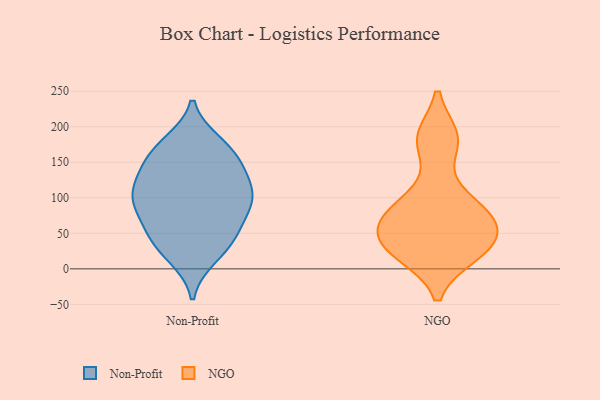
{"axis": {"x": "Revenue (USD Million)", "y": "Value"}, "legend": ["NGO", "Non-Profit"], "data": [{"x": "", "y": 16, "type": "Non-Profit"}, {"x": "", "y": 95, "type": "Non-Profit"}, {"x": "", "y": 50, "type": "Non-Profit"}, {"x": "", "y": 42, "type": "Non-Profit"}, {"x": "", "y": 90, "type": "Non-Profit"}, {"x": "", "y": 99, "type": "Non-Profit"}, {"x": "", "y": 178, "type": "Non-Profit"}, {"x": "", "y": 126, "type": "Non-Profit"}, {"x": "", "y": 100, "type": "Non-Profit"}, {"x": "", "y": 49, "type": "Non-Profit"}, {"x": "", "y": 87, "type": "Non-Profit"}, {"x": "", "y": 153, "type": "Non-Profit"}, {"x": "", "y": 99, "type": "Non-Profit"}, {"x": "", "y": 167, "type": "Non-Profit"}, {"x": "", "y": 55, "type": "Non-Profit"}, {"x": "", "y": 20, "type": "Non-Profit"}, {"x": "", "y": 137, "type": "Non-Profit"}, {"x": "", "y": 148, "type": "Non-Profit"}, {"x": "", "y": 176, "type": "Non-Profit"}, {"x": "", "y": 122, "type": "Non-Profit"}, {"x": "", "y": 25, "type": "NGO"}, {"x": "", "y": 100, "type": "NGO"}, {"x": "", "y": 74, "type": "NGO"}, {"x": "", "y": 73, "type": "NGO"}, {"x": "", "y": 69, "type": "NGO"}, {"x": "", "y": 184, "type": "NGO"}, {"x": "", "y": 21, "type": "NGO"}, {"x": "", "y": 43, "type": "NGO"}, {"x": "", "y": 181, "type": "NGO"}, {"x": "", "y": 34, "type": "NGO"}]}